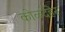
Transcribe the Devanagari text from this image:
कोळदेहेर